Report on vaccination in the Province of Bengal - 1869-1873
Year: 1869
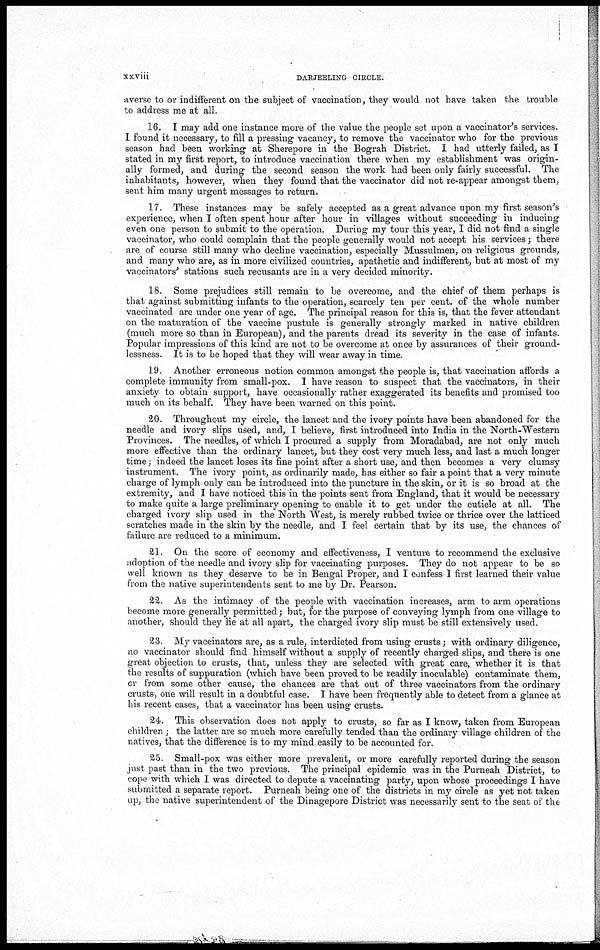
xxviii
DARJEELING CIRCLE.
averse to or indifferent on the subject of vaccination, they would not have taken the trouble
to address me at all.
16. I may add one instance more of the value the people set upon a vaccinator's services.
I found it necessary, to fill a pressing vacancy, to remove the vaccinator who for the previous
season had been working at Sherepore in the Bograh District. I had utterly failed, as I
stated in my first report, to introduce vaccination there when my establishment was origin-
ally formed, and during the second season the work had been only fairly successful. The
inhabitants, however, when they found that the vaccinator did not re-appear amongst them,
sent him many urgent messages to return.
17. These instances may be safely accepted as a great advance upon my first-season's
experience, when I often spent hour after hour in villages without succeeding in inducing
even one person to submit to the operation. During my tour this year, I did not find a single
vaccinator, who could complain that the people generally would not accept his services; there
are of course still many who decline vaccination, especially Mussulmen, on religious grounds,
and many who are, as in more civilized countries, apathetic and indifferent, but at most of my
vaccinators' stations such recusants are in a very decided minority.
18. Some prejudices still remain to be overcome, and the chief of them perhaps is
that against submitting infants to the operation, scarcely ten per cent. of the whole number
vaccinated are under one year of age. The principal reason for this is, that the fever attendant
on the maturation of the vaccine pustule is generally strongly marked in native children
(much more so than in European), and the parents dread its severity in the case of infants.
Popular impressions of this kind are not to be overcome at once by assurances of their ground-
lessness. It is to be hoped that they will wear away in time.
19. Another erroneous notion common amongst the people is, that vaccination affords a
complete immunity from small-pox. I have reason to suspect that the vaccinators, in their
anxiety to obtain support, have occasionally rather exaggerated its benefits and promised too
much on its behalf. They have been warned on this point.
20. Throughout my circle, the lancet and the ivory points have been abandoned for the
needle and ivory slips used, and, I believe, first introduced into India in the North-Western
Provinces. The needles, of which I procured a supply from Moradabad, are not only much
more effective than the ordinary lancet, but they cost very much less, and last a much longer
time; indeed the lancet loses its fine point after a short use, and then becomes a very clumsy
instrument. The ivory point, as ordinarily made, has either so fair a point that a very minute
charge of lymph only can be introduced into the puncture in the skin, or it is so broad at the
extremity, and I have noticed this in the points sent from England, that it would be necessary
to make quite a large preliminary opening to enable it to get under the cuticle at all. The
charged ivory slip used in the North West, is merely rubbed twice or thrice over the latticed
scratches made in the skin by the needle, and I feel certain that by its use, the chances of
failure are reduced to a minimum.
21. On the score of economy and effectiveness, I venture to recommend the exclusive
adoption of the needle and ivory slip for vaccinating purposes. They do not appear to be so
well known as they deserve to be in Bengal Proper, and I confess 1 first learned their value
from the native superintendents sent to me by Dr. Pearson.
22. As the intimacy of the people with vaccination increases, arm to arm operations
become more generally permitted; but, for the purpose of conveying lymph from one village to
another, should they lie at all apart, the charged ivory slip must be still extensively used.
23. My vaccinators are, as a rule, interdicted from using crusts; with ordinary diligence,
no vaccinator should find himself without a supply of recently charged slips, and there is one
great objection to crusts, that, unless they are selected with great care, whether it is that
the results of suppuration (which have been proved to be readily inoculable) contaminate them,
or from some other cause, the chances are that out of three vaccinators from the ordinary
crusts, one will result in a doubtful case. I have been frequently able to detect from a glance at
his recent cases, that a vaccinator has been using crusts.
24. This observation does not apply to crusts, so far as I know, taken from European
children; the latter are so much more carefully tended than the ordinary village children of the
natives, that the difference is to my mind easily to be accounted for.
25. Small-pox was either more prevalent, or more carefully reported during the season
just past than in the two previous. The principal epidemic was in the Purneah District, to
cope with which I was directed to depute a vaccinating party, upon whose proceedings I have
submitted a separate report. Purneah being one of the districts in my circle as yet not taken
up, the native superintendent of the Dinagepore District was necessarily sent to the seat of the